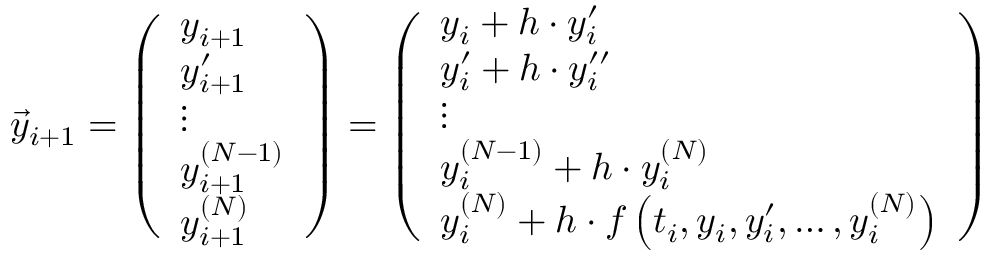
{ \vec { y } } _ { i + 1 } = { \left( \begin{array} { l } { y _ { i + 1 } } \\ { y _ { i + 1 } ^ { \prime } } \\ { \vdots } \\ { y _ { i + 1 } ^ { ( N - 1 ) } } \\ { y _ { i + 1 } ^ { ( N ) } } \end{array} \right) } = { \left( \begin{array} { l } { y _ { i } + h \cdot y _ { i } ^ { \prime } } \\ { y _ { i } ^ { \prime } + h \cdot y _ { i } ^ { \prime \prime } } \\ { \vdots } \\ { y _ { i } ^ { ( N - 1 ) } + h \cdot y _ { i } ^ { ( N ) } } \\ { y _ { i } ^ { ( N ) } + h \cdot f \left( t _ { i } , y _ { i } , y _ { i } ^ { \prime } , \ldots , y _ { i } ^ { ( N ) } \right) } \end{array} \right) }